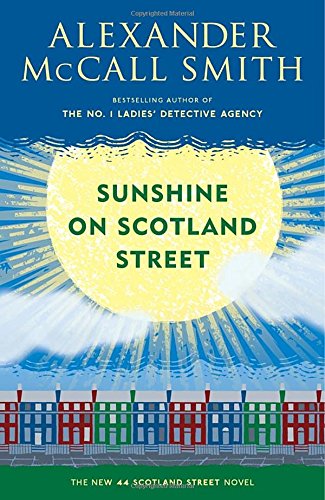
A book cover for Sunshine on Scotland Street (44 Scotland Street Series); Alexander McCall Smith; Literature & Fiction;